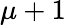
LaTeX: \mu+1